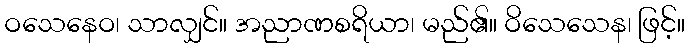
ဝသေနေဝ၊ သာလျှင်။ အညာဏစရိယာ၊ မည်၏။ ဝိသေသေန၊ ဖြင့်။